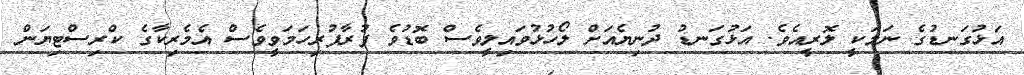
އަޅުގަނޑުގެ ނަމަކީ ލޮރީއެވެ. އަޅުގަނޑު ދުނިޔެއަށް ލޯހުޅުވައިލީވެސް ބޮޑުވެ ފުރާފުރިހަމަވީވެސް އެމެރިކާގެ ކްރިސްޓިޔަން